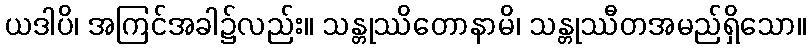
ယဒါပိ၊ အကြင်အခါ၌လည်း။ သန္တုဿိတောနာမိ၊ သန္တုဿီတအမည်ရှိသော။